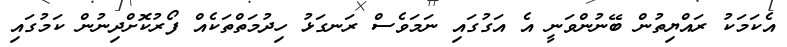
އެކަމަކު ރައްޔިތުން ބޭނުންވަނީ އެ އަގުގައި ނަމަވެސް ރަނގަޅު ހިދުމަތްތަކެއް ފޯރުކޮށްދިނުން ކަމުގައި